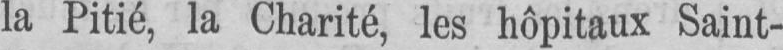
la Pitié, la Charité, les hôpitaux Saint-